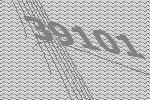
39101